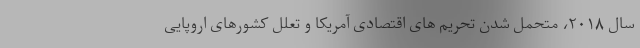
سال ۲۰۱۸، متحمل شدن تحریم های اقتصادی آمریکا و تعلل کشورهای اروپایی